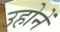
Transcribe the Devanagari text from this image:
उहोनें